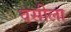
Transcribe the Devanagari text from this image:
वसीला